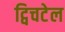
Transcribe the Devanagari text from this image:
ट्विचटेल